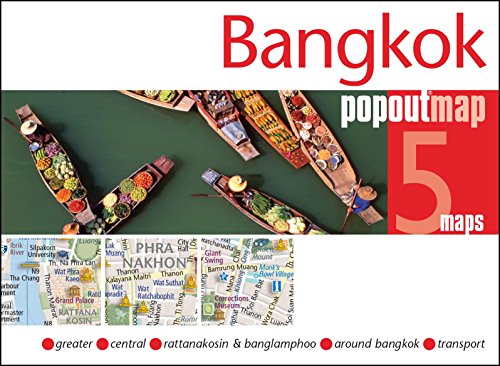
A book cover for Bangkok PopOut Map (PopOut Maps); Popout Maps; Travel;